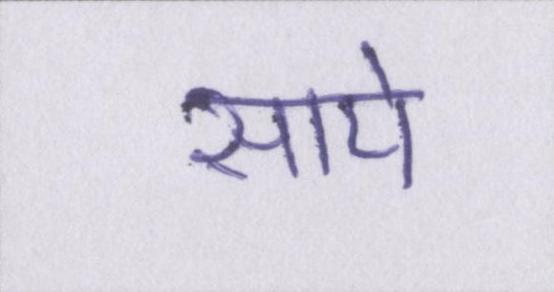
साये